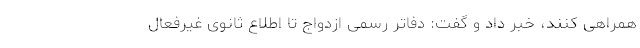
همراهی کنند، خبر داد و گفت: دفاتر رسمی ازدواج تا اطلاع ثانوی غیرفعال